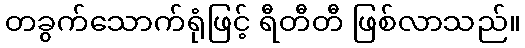
တခွက်သောက်ရုံဖြင့် ရီတီတီ ဖြစ်လာသည်။